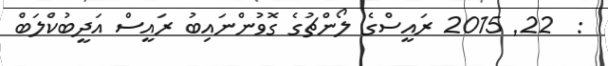
:  22